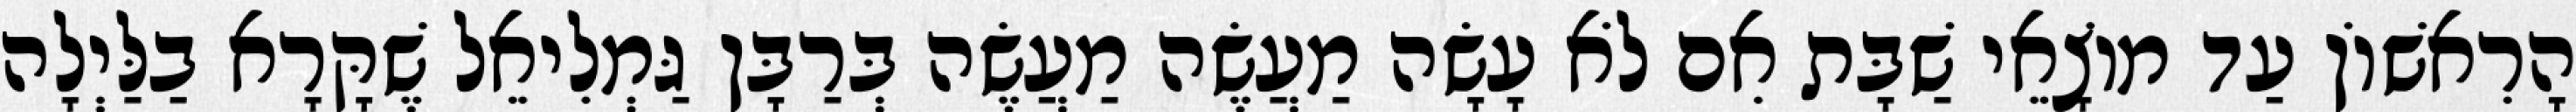
הָרִאשׁוֹן עַד מוֹצָאֵי שַׁבָּת אִם לֹא עָשָׂה מַעֲשֶׂה מַעֲשֶׂה בְּרַבָּן גַּמְלִיאֵל שֶׁקָּרָא בַלַּיְלָה